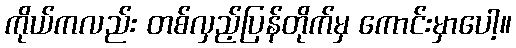
ကိုယ်ကလည်း တစ်လှည့်ပြန်တိုက်မှ ကောင်းမှာပေါ့။